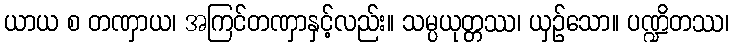
ယာယ စ တဏှာယ၊ အကြင်တဏှာနှင့်လည်း။ သမ္ပယုတ္တဿ၊ ယှဉ်သော။ ပဏ္ဍိတဿ၊